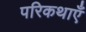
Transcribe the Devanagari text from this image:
परिकथाएँ